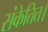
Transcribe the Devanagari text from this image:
संकेतित।